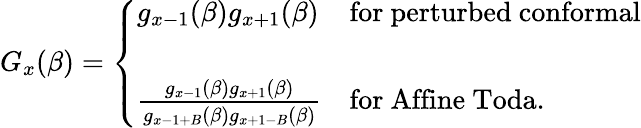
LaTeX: G_{x}(\beta)=\left\{ \begin{array}{lll}{{g_{x-1}(\beta)g_{x+1}(\beta)}}&{{\mathrm{for}\ \mathrm{perturbed\ conformal}}}\\ {{}}&{{}}\\ {{{\frac{g_{x-1}(\beta)g_{x+1}(\beta)}{\strut g_{x-1+B}(\beta)g_{x+1-B}(\beta)}}}}&{{\mathrm{for}\ \mathrm{Affine\ Toda}.}}\end{array}\right.